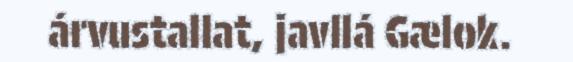
árvustallat, javllá Gælok.